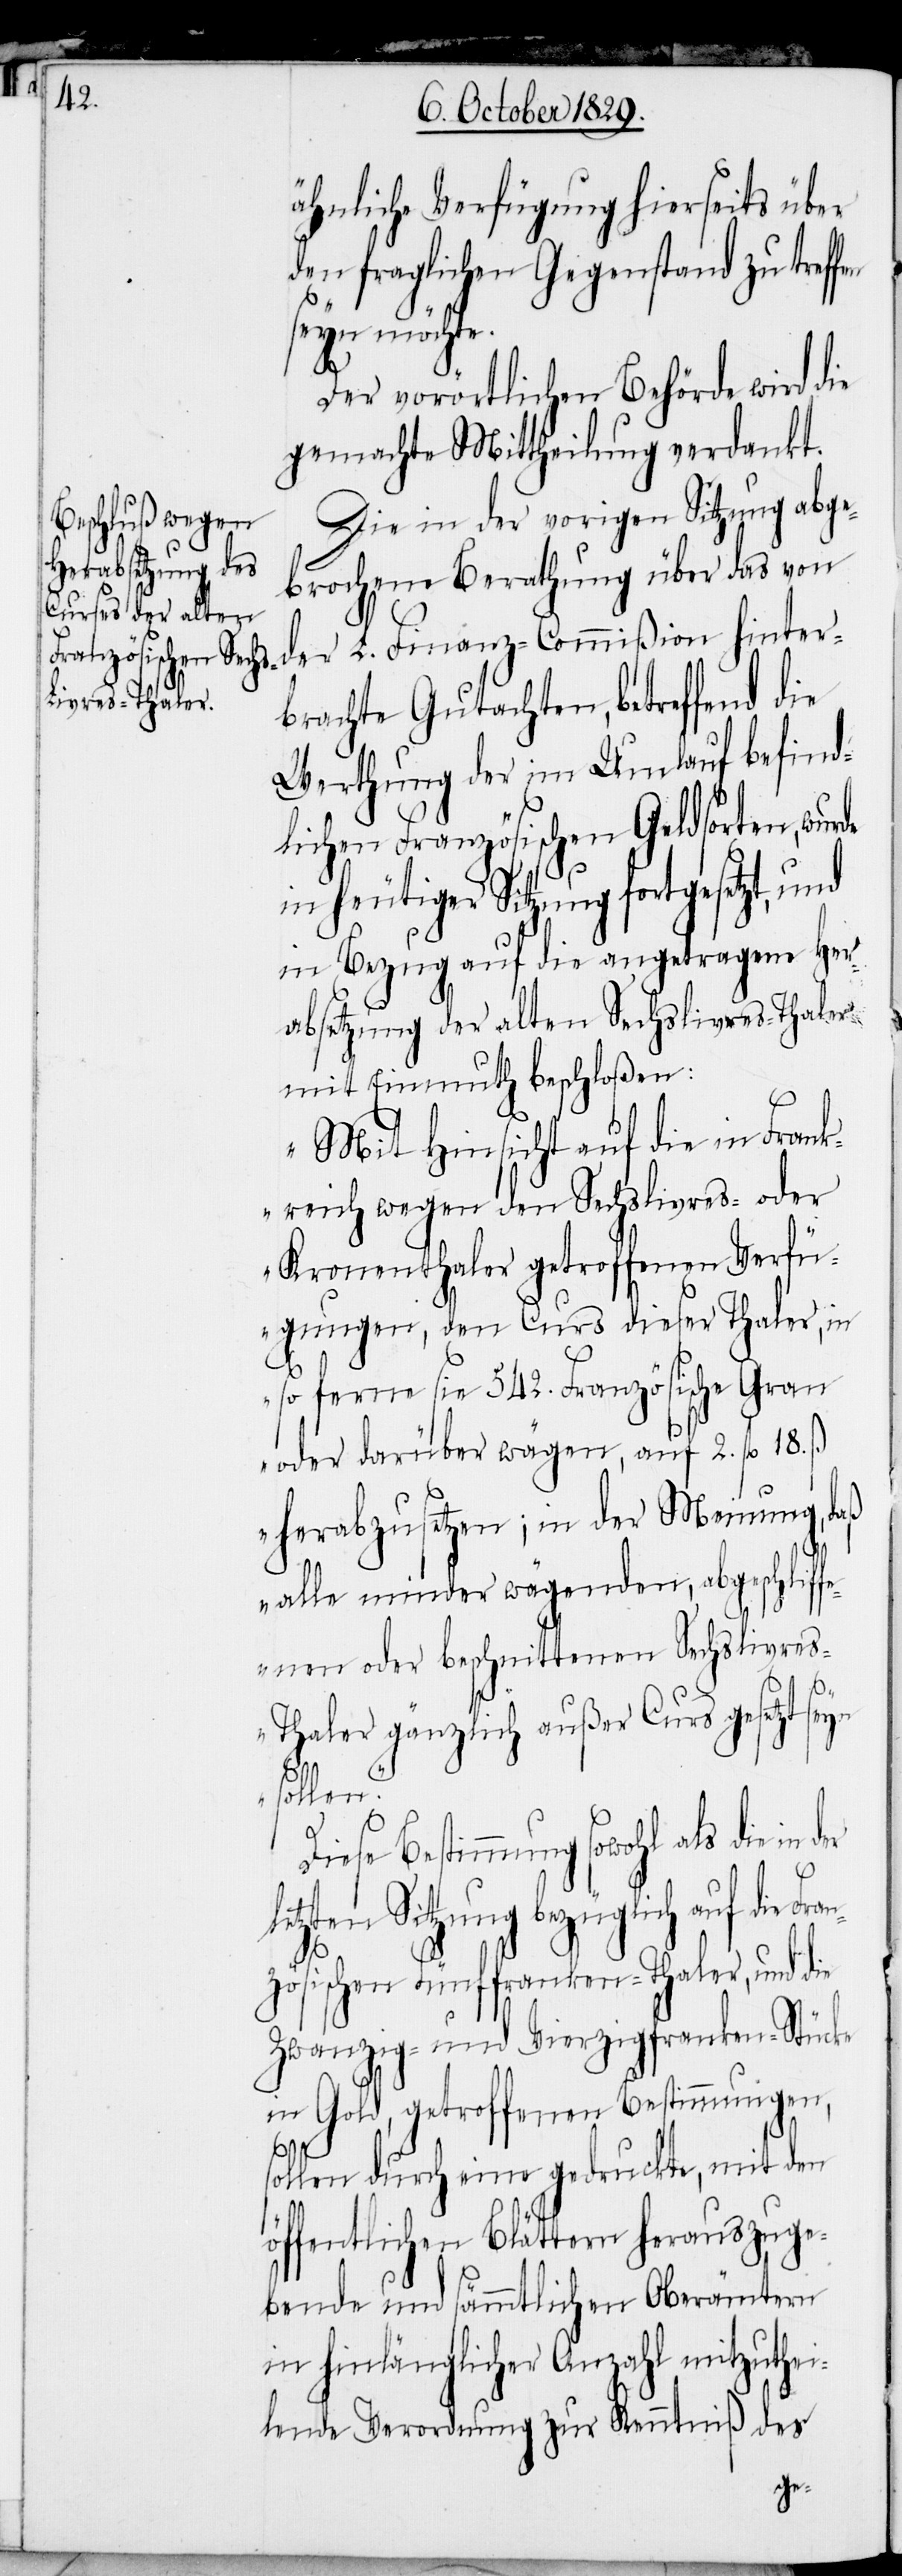
Fran¬

ähnliche Verfügung hierseits über
den fraglichen Gegenstand zu treff¬
hinte¬
Der vorörtlichen Behörde wird die
gemachte Mittheilung verdankt.
Die in der vorigen Sitzung abge¬
brochene Berathung über das von
rbrachte Gutachten, betreffend die
Werthung der im Umlauf befind¬
lichen Französischen Geldsorten, wurde
heutiger Sitzung fortgesetzt,
in Bezug auf die angetragene Her¬
absetzung der alten Sechslivres-Thaler
mit Einmuth beschloßen:
„Mit Hinsicht auf die in Frank¬
reich wegen den Sechslivres- oder
Kronenthaler getroffenen Verfü¬
gungen, den Curs dieser Thaler, in
so ferne sie 542. Französische Gran
oder darüber wägen, auf 2. fl 18. ß
herabzusetzen; in der Meinung, daß
der
alle minder wägenden, abgeschliffe¬
nen oder beschnittenen Sechslivre¬
s-Thaler gänzlich außer Curs gesetzt seyn
sollen.“
Diese Bestimmung sowohl als die in
tzten Sitzung bezüglich auf die
zösischen Fünffranken-Thaler, und die
Zwanzig- und Vierzigfranken-Stücke
in Gold, getroffenen Bestimmungen,
sollen durch eine gedruckte, mit den
öffentlichen Blättern herauszuge¬
bende und sämmtlichen Oberämtern
in hinlänglicher Anzahl mitzuthei¬
lende Verordnung zur Kenntniß des
le¬